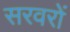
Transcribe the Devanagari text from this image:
सरवरों